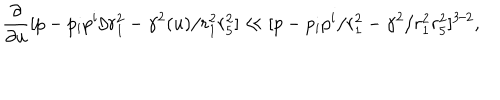
LaTeX: { \frac { \partial } { \partial u } } [ p - p _ { i } p ^ { i } / r _ { 1 } ^ { 2 } - \gamma ^ { 2 } ( u ) / r _ { 1 } ^ { 2 } r _ { 5 } ^ { 2 } ] \ll [ p - p _ { i } p ^ { i } / r _ { 1 } ^ { 2 } - \gamma ^ { 2 } / r _ { 1 } ^ { 2 } r _ { 5 } ^ { 2 } ] ^ { 3 / 2 } ,